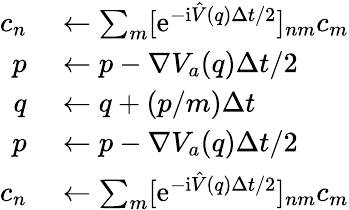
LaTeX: \begin{array}{rl}{c_{n}}&{{}\leftarrow\sum_{m}[\mathrm{e}^{-\mathrm{i}\hat{V}(q)\Delta t/2}]_{nm}c_{m}}\\ {p}&{{}\leftarrow p-\nabla V_{a}(q)\Delta t/2}\\ {q}&{{}\leftarrow q+(p/m)\Delta t}\\ {p}&{{}\leftarrow p-\nabla V_{a}(q)\Delta t/2}\\ {c_{n}}&{{}\leftarrow\sum_{m}[\mathrm{e}^{-\mathrm{i}\hat{V}(q)\Delta t/2}]_{nm}c_{m}}\end{array}